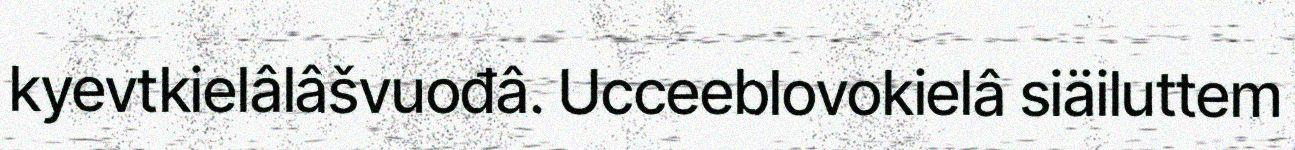
kyevtkielâlâšvuođâ. Ucceeblovokielâ siäiluttem